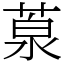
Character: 葲